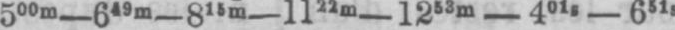
500m-649m-815m-1122m-1253m-401s-631s